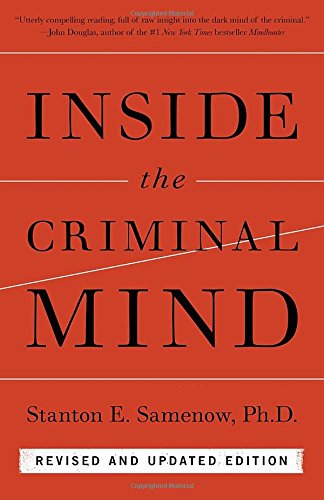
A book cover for Inside the Criminal Mind: Revised and Updated Edition; Stanton Samenow; Medical Books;